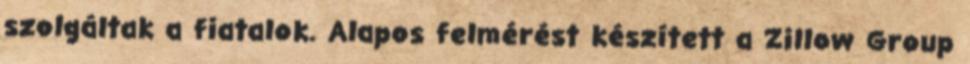
szolgáltak a fiatalok. Alapos felmérést készített a Zillow Group